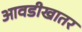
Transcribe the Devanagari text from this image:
आवडीखातर